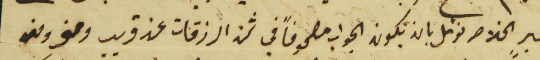
خبرٍ الخلاص نؤمل بان يكون الجواب مصحوفاً في ثمن الرزقات عن قريب ومنى ومن